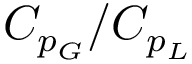
C _ { p _ { G } } / C _ { p _ { L } }